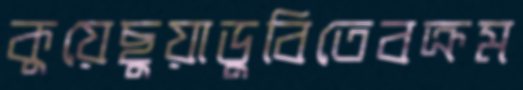
কুয়েছুয়াডুবিতেবক্রম